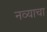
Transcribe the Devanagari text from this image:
नव्याचा